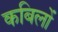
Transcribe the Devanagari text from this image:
कबिलों